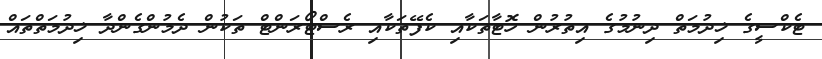
ޓެކްސީގެ ޚިދުމަތް ދިނުމުގެ އިތުރުން ހޮޓާތަކާއި ކެފޭތަކާއި ރެސްޓޯރަންޓް ތަކުން ދެމުންގެންދާ ޚިދުމަތްތައް